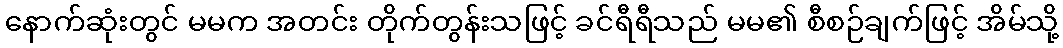
နောက်ဆုံးတွင် မမက အတင်း တိုက်တွန်းသဖြင့် ခင်ရီရီသည် မမ၏ စီစဉ်ချက်ဖြင့် အိမ်သို့